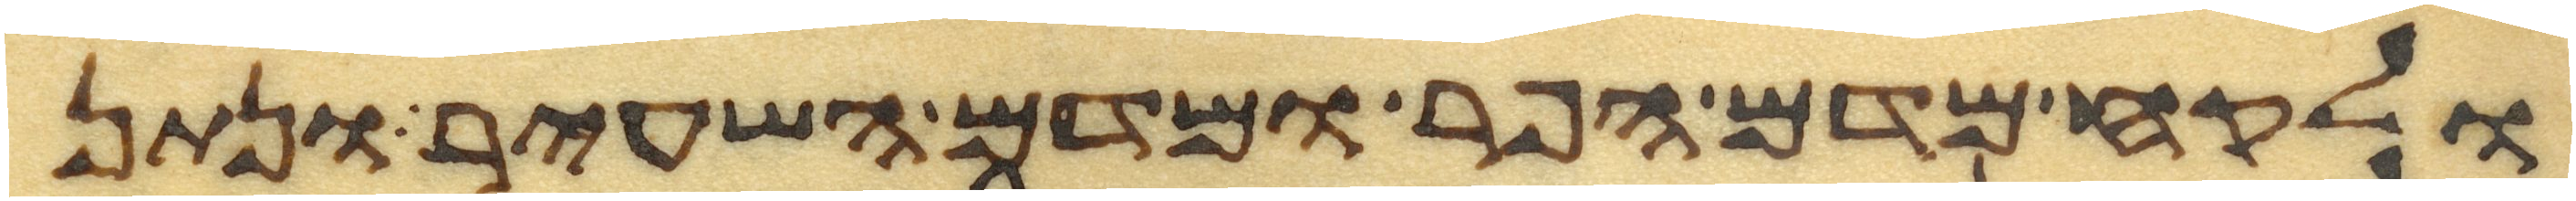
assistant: ולקח מדם הפר ומדם השעיר ונתן